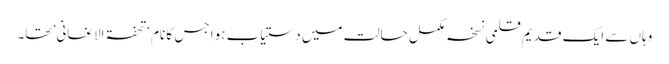
وہاں سے ایک قدیم قلمی نسخہ مکمل حالت میں دستیاب ہوا جس کا نام ‘تحفۃ الاغانی’ تھا۔